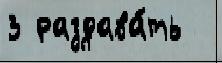
3 раздава́ть